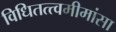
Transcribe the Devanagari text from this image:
विधितत्त्वमीमांसा